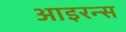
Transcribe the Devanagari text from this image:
आइरन्स